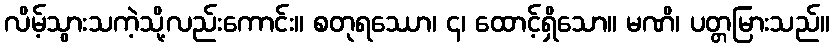
လိမ့်သွားသကဲ့သို့လည်းကောင်း။ စတုရဿော၊ ၄၊ ထောင့်ရှိသော။ မဏိ၊ ပတ္တမြားသည်။